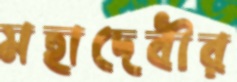
মহাদেবীর